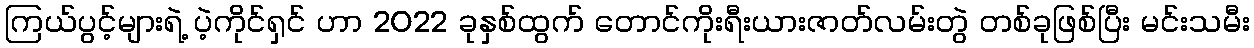
ကြယ်ပွင့်များရဲ့ ပဲ့ကိုင်ရှင် ဟာ 2022 ခုနှစ်ထွက် တောင်ကိုးရီးယားဇာတ်လမ်းတွဲ တစ်ခုဖြစ်ပြီး မင်းသမီး